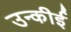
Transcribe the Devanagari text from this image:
उन्कीई